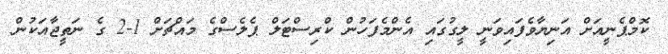
ކޮމްޕެނީއަށް އަނިޔާވެފައިވަނީ ލީގުގައި އެންމެފަހުން ކްރިސްޓަލް ޕެލެސްގެ މައްޗަށް 1-2 ގެ ނަތީޖާއަކުން